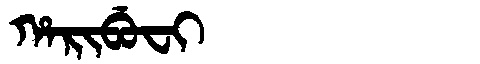
Manchu: ᡥᠠᡵᡳᠪᡠᠸᡳ
Romanization: HARIBUFI